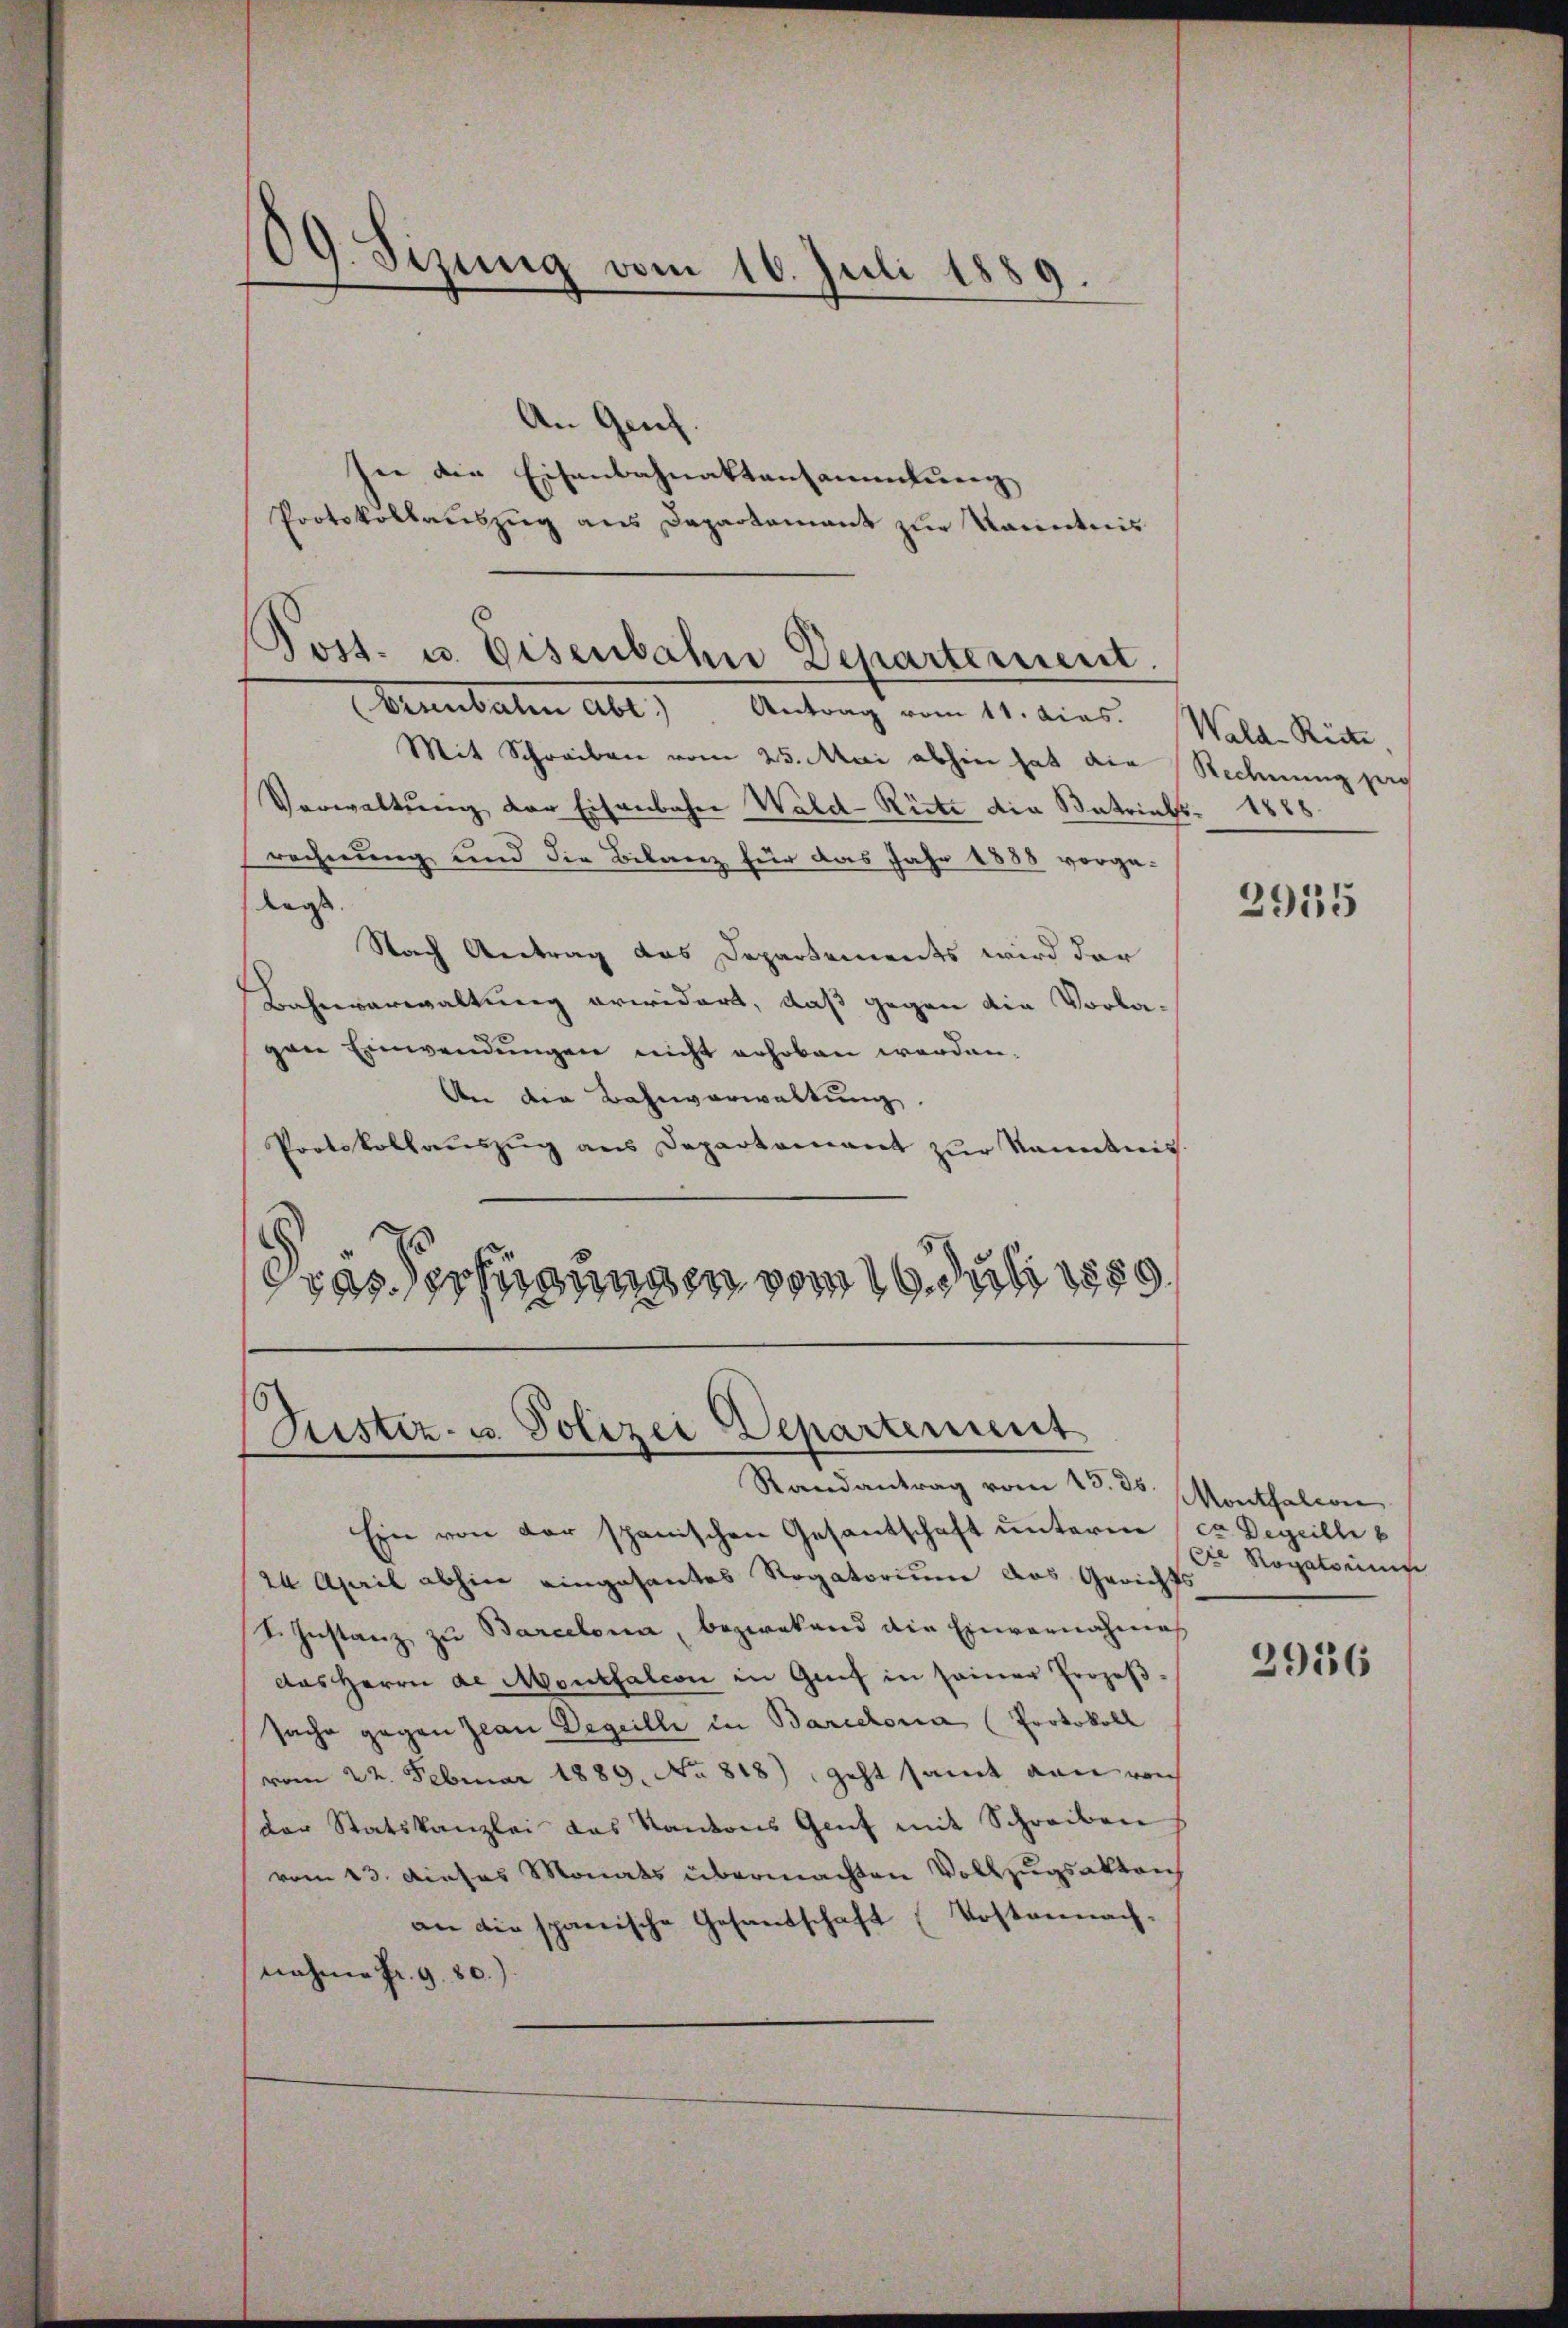
An Genf.
In die Eisenbahnaktensammlung
Protokollauszug aus Departement zur Kenntnis
Vennbalen Abt.) Antrag vom 11. dies. Walde Reite,
Mit Schreiben vom 25. Mai abhin hat die Rechnung zeig
Verwaltŭng der Eisenbahne Wald-Rütz die Batrials 1888.
rechnung und die Bilanz für das Jahr 1888 vorgelagt
Nach Antrag das Departements wird der
Bahnverwaltung erwidert, daß gegen die Vorlagen Einwendungen nicht erhoben werden.
An die Bahnverwaltung.
Protokollauszug aus Departement zur kanntnis.
.
das Verfügungen vom 16. Juli 1889

¬
dg. Sizung vom 16. Juli 1889.

Post. u. Eisenbahn Departement.

6
Justiz- u. Polizei Departement

Randantrag vom 13. ds. Monthalcon
Ein von der spanischen Gesantschaft unterm (ca Degeilli
24. April abhin eingesantes Rogatorium das Gerichts
I. Instanz zu Barcelona, bezwekend die Einvernahmes
das Herrn de Montfalcon in Genf in seiner Prozeß
sache gegen Jean Degeille in Barcelona (Protokoll
vom 22. Februar 1889. No 818), geht samt von von
der Statskanzlei das Kantons Genf mit Schreiben
vom 13. Dieses Monats übermachten Vollzugsakten
an die spanische Gesandschaft (Postennach-
nahme Fr. 980.)

2935

Die Rogatorum

2956